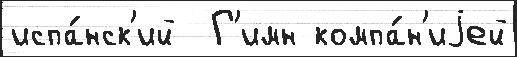
испа́нск'ий  Г'имн компа́н'иjей